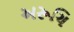
અરૂચિ